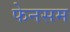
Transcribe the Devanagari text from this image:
फेनसम